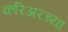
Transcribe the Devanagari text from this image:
करिअरच्या